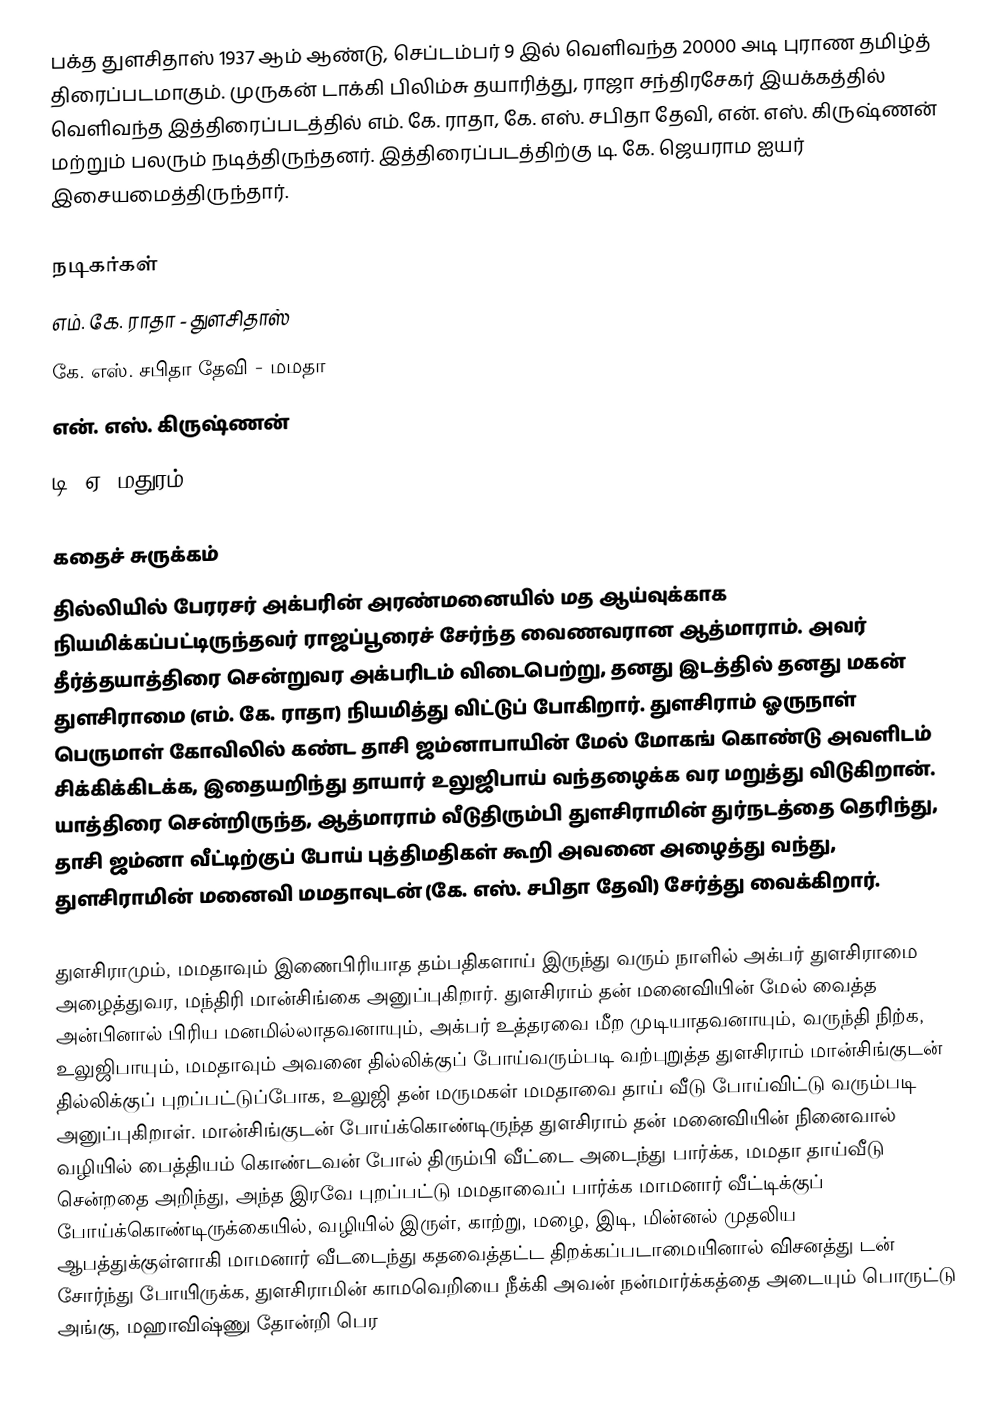
பக்த துளசிதாஸ் 1937 ஆம் ஆண்டு, செப்டம்பர் 9 இல் வெளிவந்த 20000 அடி புராண தமிழ்த் திரைப்படமாகும். முருகன் டாக்கி பிலிம்சு தயாரித்து, ராஜா சந்திரசேகர் இயக்கத்தில் வெளிவந்த இத்திரைப்படத்தில் எம். கே. ராதா, கே. எஸ். சபிதா தேவி, என். எஸ். கிருஷ்ணன் மற்றும் பலரும் நடித்திருந்தனர். இத்திரைப்படத்திற்கு டி. கே. ஜெயராம ஐயர் இசையமைத்திருந்தார்.

நடிகர்கள்
 எம். கே. ராதா - துளசிதாஸ்
 கே. எஸ். சபிதா தேவி - மமதா
 என். எஸ். கிருஷ்ணன்
 டி. ஏ. மதுரம்

கதைச் சுருக்கம்
தில்லியில் பேரரசர் அக்பரின் அரண்மனையில் மத ஆய்வுக்காக நியமிக்கப்பட்டிருந்தவர் ராஜப்பூரைச் சேர்ந்த வைணவரான ஆத்மாராம். அவர் தீர்த்தயாத்திரை சென்றுவர அக்பரிடம் விடைபெற்று, தனது இடத்தில் தனது மகன் துளசிராமை (எம். கே. ராதா) நியமித்து விட்டுப் போகிறார். துளசிராம் ஓருநாள் பெருமாள் கோவிலில் கண்ட தாசி ஜம்னாபாயின் மேல் மோகங் கொண்டு அவளிடம் சிக்கிக்கிடக்க, இதையறிந்து தாயார் உலுஜிபாய் வந்தழைக்க வர மறுத்து விடுகிறான். யாத்திரை சென்றிருந்த, ஆத்மாராம் வீடுதிரும்பி துளசிராமின் துர்நடத்தை தெரிந்து, தாசி ஜம்னா வீட்டிற்குப் போய் புத்திமதிகள் கூறி அவனை அழைத்து வந்து, துளசிராமின் மனைவி மமதாவுடன் (கே. எஸ். சபிதா தேவி) சேர்த்து வைக்கிறார்.

துளசிராமும், மமதாவும் இணைபிரியாத தம்பதிகளாய் இருந்து வரும் நாளில் அக்பர் துளசிராமை அழைத்துவர, மந்திரி மான்சிங்கை அனுப்புகிறார். துளசிராம் தன் மனைவியின் மேல் வைத்த அன்பினால் பிரிய மனமில்லாதவனாயும், அக்பர் உத்தரவை மீற முடியாதவனாயும், வருந்தி நிற்க, உலுஜிபாயும், மமதாவும் அவனை தில்லிக்குப் போய்வரும்படி வற்புறுத்த துளசிராம் மான்சிங்குடன் தில்லிக்குப் புறப்பட்டுப்போக, உலுஜி தன் மருமகள் மமதாவை தாய் வீடு போய்விட்டு வரும்படி அனுப்புகிறாள். மான்சிங்குடன் போய்க்கொண்டிருந்த துளசிராம் தன் மனைவியின் நினைவால் வழியில் பைத்தியம் கொண்டவன் போல் திரும்பி வீட்டை அடைந்து பார்க்க, மமதா தாய்வீடு சென்றதை அறிந்து, அந்த இரவே புறப்பட்டு மமதாவைப் பார்க்க மாமனார் வீட்டிக்குப் போய்க்கொண்டிருக்கையில், வழியில் இருள், காற்று, மழை, இடி, மின்னல் முதலிய ஆபத்துக்குள்ளாகி மாமனார் வீடடைந்து கதவைத்தட்ட திறக்கப்படாமையினால் விசனத்து டன் சோர்ந்து போயிருக்க, துளசிராமின் காமவெறியை நீக்கி அவன் நன்மார்க்கத்தை அடையும் பொருட்டு அங்கு, மஹாவிஷ்ணு தோன்றி பெர